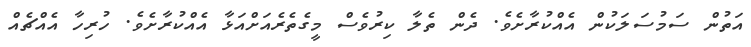
އަތުން ސަމުސަލަކުން އެއްކުރާށެވެ. ދެން ތެލާ ކިރުވެސް މީގެތެރެއަށްއަޅާ އެއްކުރާށެވެ. ހުރިހާ އެއްޗެއް